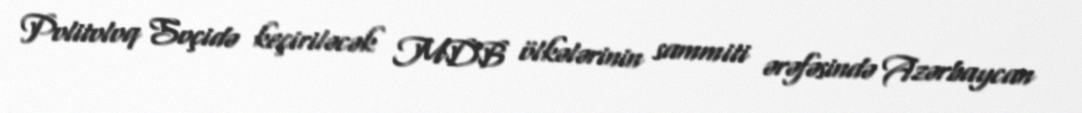
Politoloq Soçidə keçiriləcək MDB ölkələrinin sammiti ərəfəsində Azərbaycan